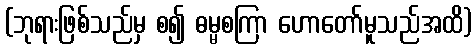
(ဘုရားဖြစ်သည်မှ စ၍ ဓမ္မစကြာ ဟောတော်မူသည်အထိ)